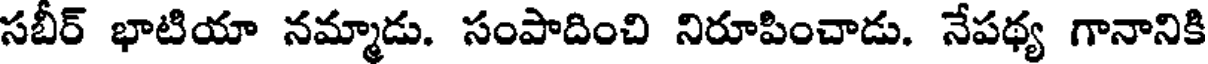
సబీర్ భాటియా నమ్మాడు. సంపాదించి నిరూపించాడు. నేపథ్య గానానికి